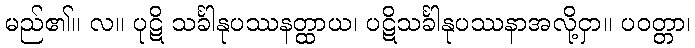
မည်၏။ လ။ ပုဋိ သင်္ခါနုပဿနတ္ထာယ၊ ပဋိသင်္ခါနုပဿနာအလို့ငှာ။ ပဝတ္တာ၊